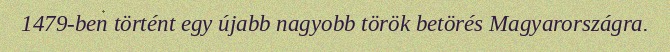
1479-ben történt egy újabb nagyobb török betörés Magyarországra.